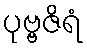
ပုဗ္ဗဇိရံ